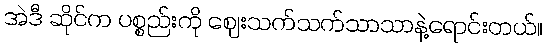
အဲဒီ ဆိုင်က ပစ္စည်းကို ဈေးသက်သက်သာသာနဲ့ရောင်းတယ်။